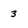
Character: 3